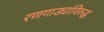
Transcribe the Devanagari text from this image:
रणगाड्यांविरुद्ध